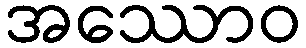
အဿောဝ